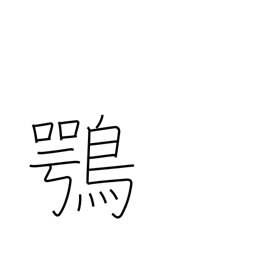
Meaning: osprey